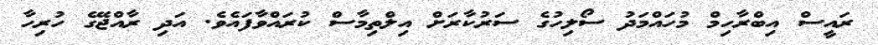
ރައީސް އިބްރާހިމް މުހައްމަދު ސޯލިހުގެ ސަރުކާރަށް އިލްތިމާސް ކުރައްވާފައެވެ. އަދި ރާއްޖޭގެ ހުރިހާ